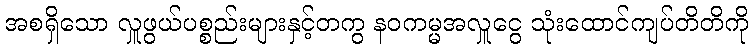
အစရှိသော လှူဖွယ်ပစ္စည်းများနှင့်တကွ နဝကမ္မအလှူငွေ သုံးထောင်ကျပ်တိတိကို